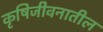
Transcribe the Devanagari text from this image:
कृषिजीवनातील